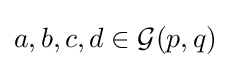
a,b,c,d\in {\mathcal {G}}(p,q)